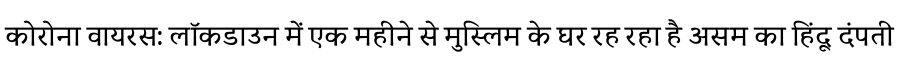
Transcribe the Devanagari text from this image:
कोरोना वायरस: लॉकडाउन में एक महीने से मुस्लिम के घर रह रहा है असम का हिंदू दंपती